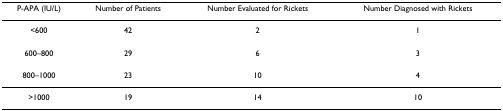
<table><thead><tr><td><b>P-APA (IU/L)</b></td><td><b>Number of Patients</b></td><td><b>Number Evaluated for Rickets</b></td><td><b>Number Diagnosed with Rickets</b></td></tr></thead><tbody><tr><td>&lt;600</td><td>42</td><td>2</td><td>1</td></tr><tr><td>600–800</td><td>29</td><td>6</td><td>3</td></tr><tr><td>800–1000</td><td>23</td><td>10</td><td>4</td></tr><tr><td>&gt;1000</td><td>19</td><td>14</td><td>10</td></tr></tbody></table>